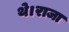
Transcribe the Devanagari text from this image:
थे।राजा